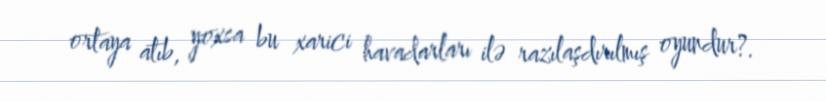
ortaya atıb, yoxsa bu xarici havadarları ilə razılaşdırılmış oyundur?.